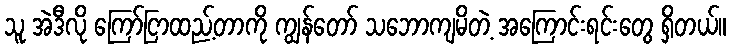
သူ အဲဒီလို ကြော်ငြာထည့်တာကို ကျွန်တော် သဘောကျမိတဲ့ အကြောင်းရင်းတွေ ရှိတယ်။